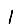
Digit: 1